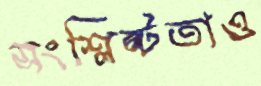
সংশ্লিষ্টতাও